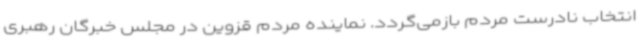
انتخاب نادرست مردم بازمی‌گردد. نماینده مردم قزوین در مجلس خبرگان رهبری